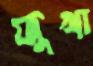
জুখা